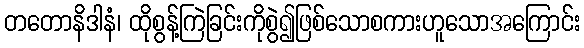
တတောနိဒါနံ၊ ထိုစွန့်ကြဲခြင်းကိုစွဲ၍ဖြစ်သောစကားဟူသောအကြောင်း